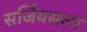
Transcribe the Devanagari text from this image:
सर्जियसला